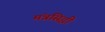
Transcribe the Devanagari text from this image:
मंत्रसिद्धी